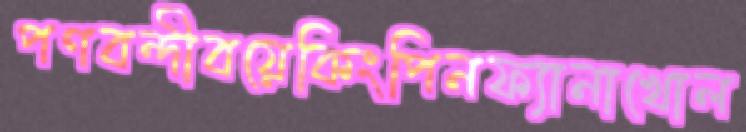
পণবন্দীবয়েকিংপিনফ্যানাখোল